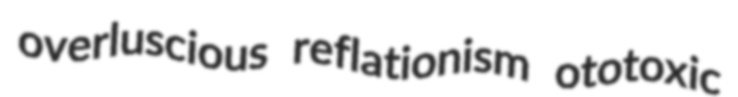
overluscious reflationism ototoxic